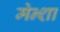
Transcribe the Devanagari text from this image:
मेन्शा